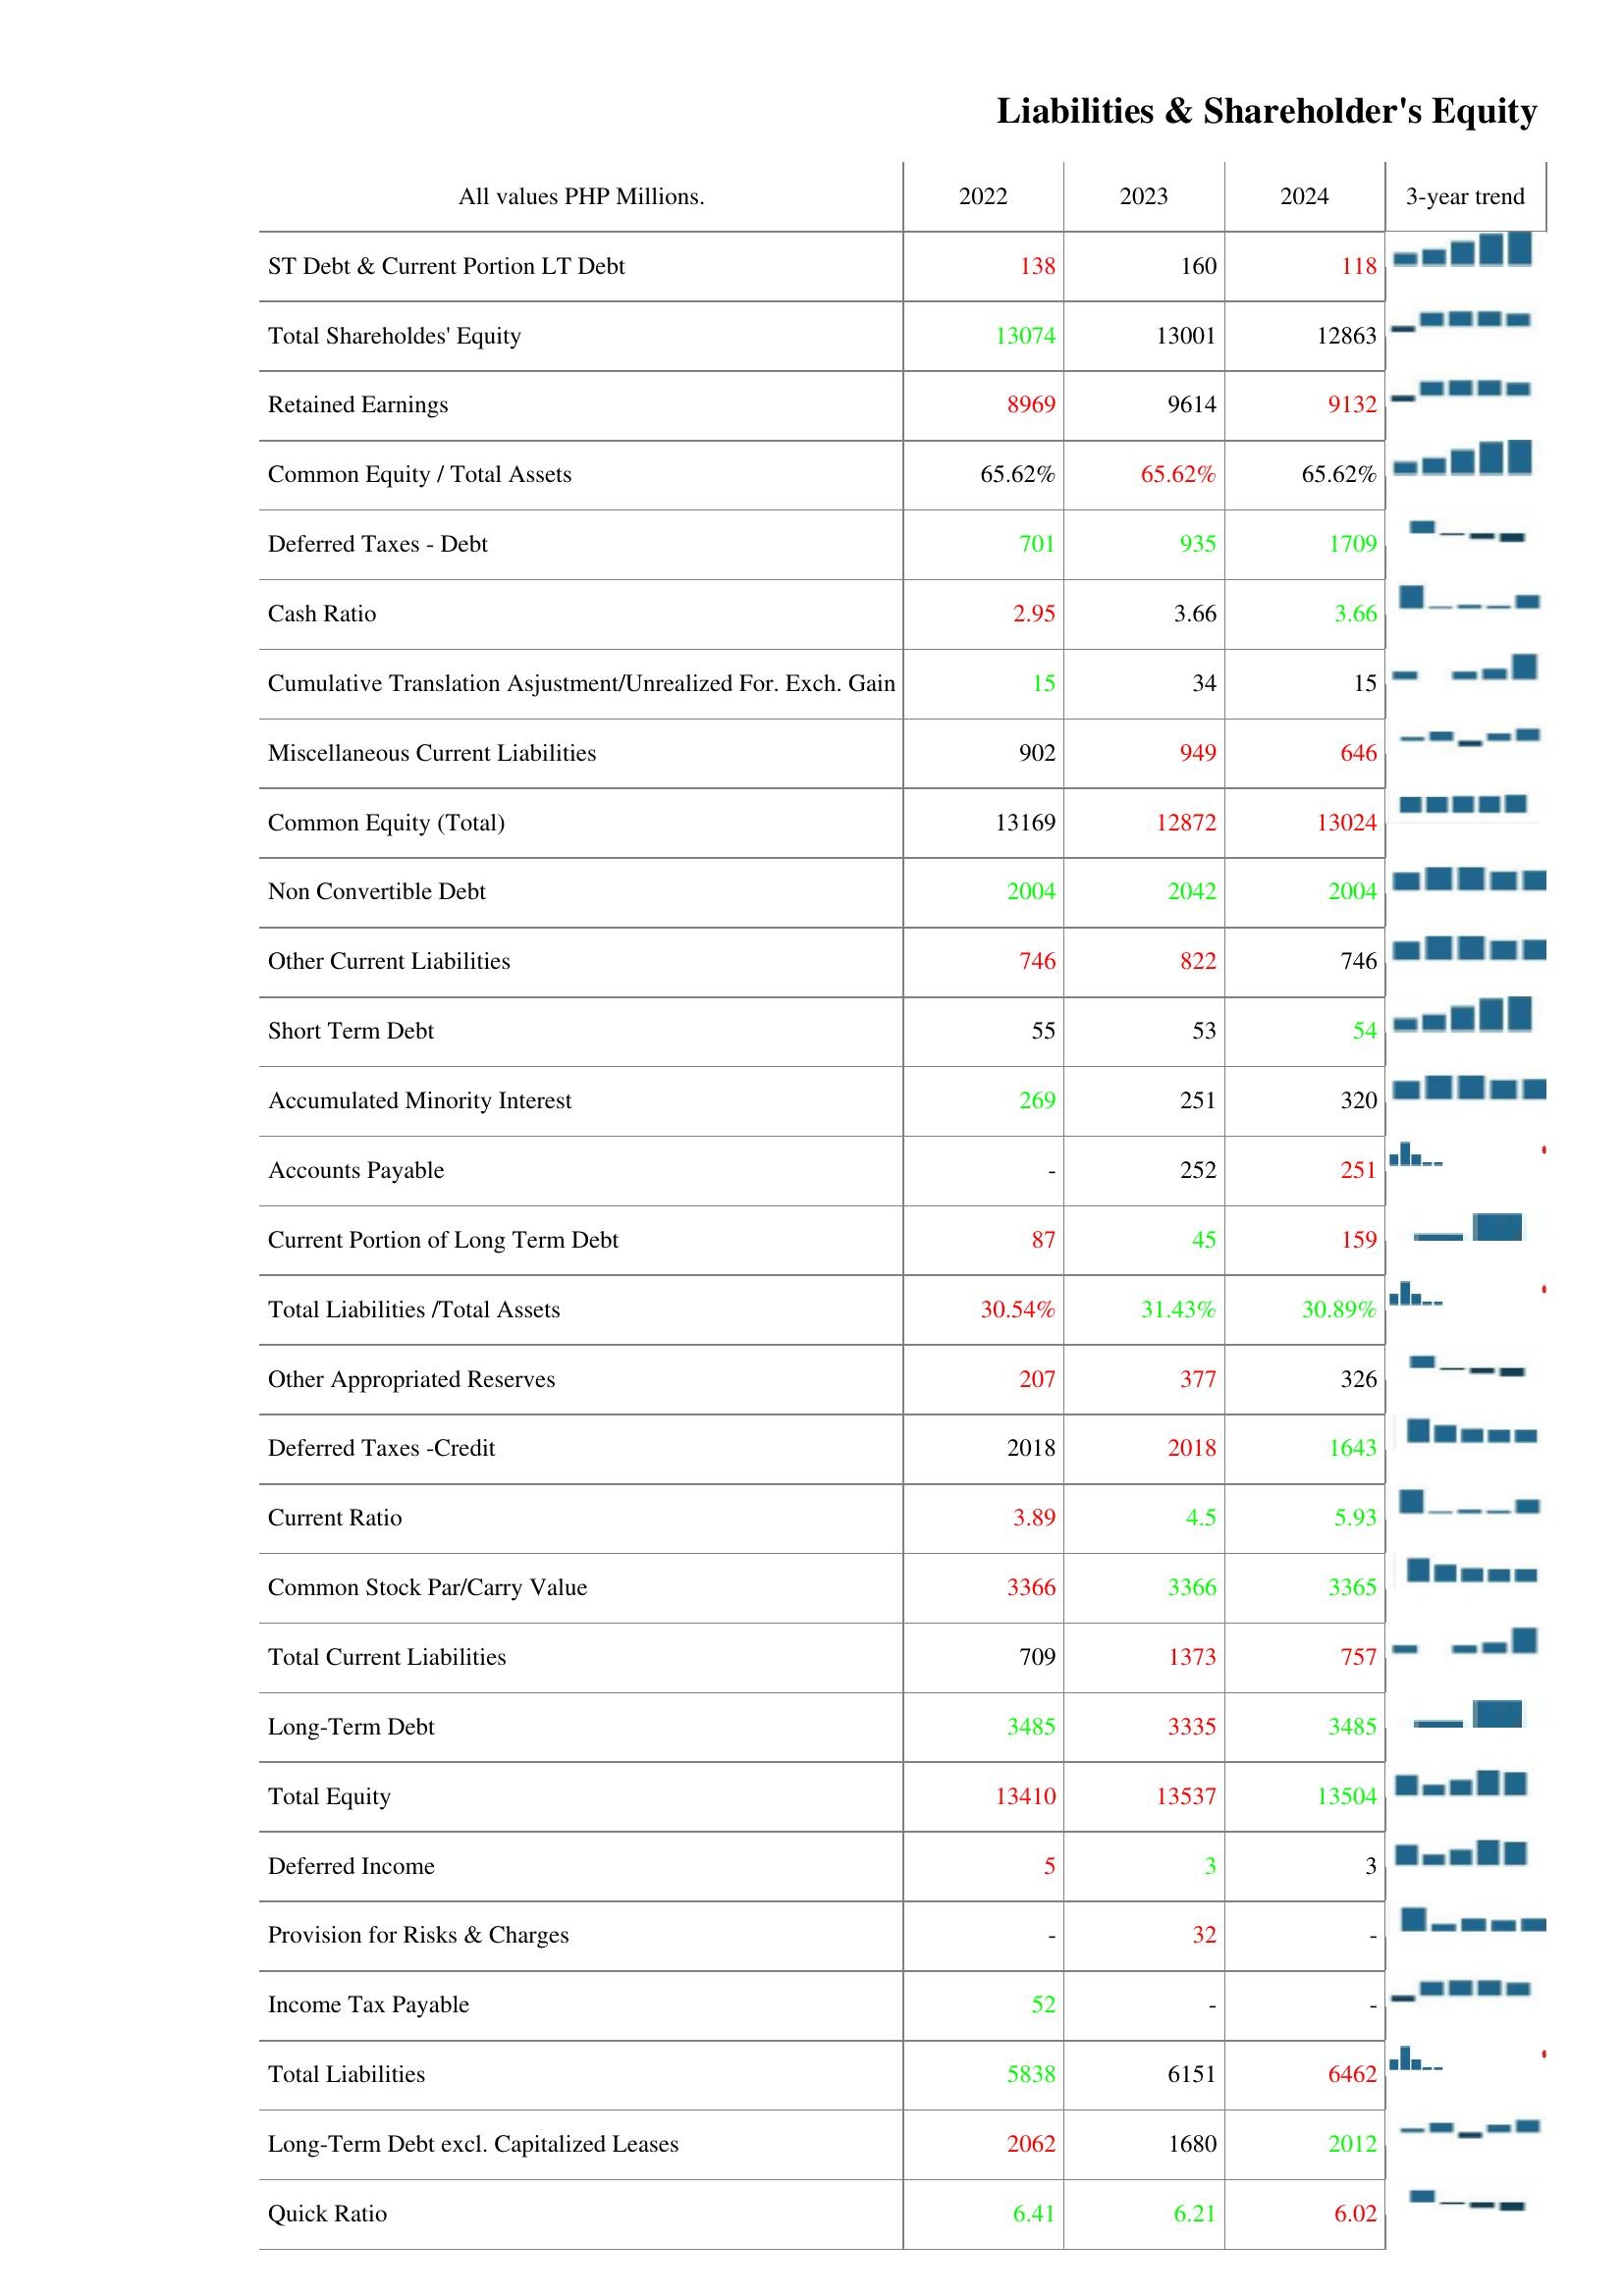
2022: Liabilities & Shareholder's Equity: ST Debt & Current Portion LT Debt: 138
Total Shareholdes' Equity: 13074
Retained Earnings: 8969
Common Equity / Total Assets: 65.62%
Deferred Taxes - Debt: 701
Cash Ratio: 2.95
Cumulative Translation Asjustment/Unrealized For. Exch. Gain: 15
Miscellaneous Current Liabilities: 902
Common Equity (Total): 13169
Non Convertible Debt: 2004
Other Current Liabilities: 746
Short Term Debt: 55
Accumulated Minority Interest: 269
Accounts Payable: -
Current Portion of Long Term Debt: 87
Total Liabilities /Total Assets: 30.54%
Other Appropriated Reserves: 207
Deferred Taxes -Credit: 2018
Current Ratio: 3.89
Common Stock Par/Carry Value: 3366
Total Current Liabilities: 709
Long-Term Debt: 3485
Total Equity: 13410
Deferred Income: 5
Provision for Risks & Charges: -
Income Tax Payable: 52
Total Liabilities: 5838
Long-Term Debt excl. Capitalized Leases: 2062
Quick Ratio: 6.41
2023: Liabilities & Shareholder's Equity: ST Debt & Current Portion LT Debt: 160
Total Shareholdes' Equity: 13001
Retained Earnings: 9614
Common Equity / Total Assets: 65.62%
Deferred Taxes - Debt: 935
Cash Ratio: 3.66
Cumulative Translation Asjustment/Unrealized For. Exch. Gain: 34
Miscellaneous Current Liabilities: 949
Common Equity (Total): 12872
Non Convertible Debt: 2042
Other Current Liabilities: 822
Short Term Debt: 53
Accumulated Minority Interest: 251
Accounts Payable: 252
Current Portion of Long Term Debt: 45
Total Liabilities /Total Assets: 31.43%
Other Appropriated Reserves: 377
Deferred Taxes -Credit: 2018
Current Ratio: 4.5
Common Stock Par/Carry Value: 3366
Total Current Liabilities: 1373
Long-Term Debt: 3335
Total Equity: 13537
Deferred Income: 3
Provision for Risks & Charges: 32
Income Tax Payable: -
Total Liabilities: 6151
Long-Term Debt excl. Capitalized Leases: 1680
Quick Ratio: 6.21
2024: Liabilities & Shareholder's Equity: ST Debt & Current Portion LT Debt: 118
Total Shareholdes' Equity: 12863
Retained Earnings: 9132
Common Equity / Total Assets: 65.62%
Deferred Taxes - Debt: 1709
Cash Ratio: 3.66
Cumulative Translation Asjustment/Unrealized For. Exch. Gain: 15
Miscellaneous Current Liabilities: 646
Common Equity (Total): 13024
Non Convertible Debt: 2004
Other Current Liabilities: 746
Short Term Debt: 54
Accumulated Minority Interest: 320
Accounts Payable: 251
Current Portion of Long Term Debt: 159
Total Liabilities /Total Assets: 30.89%
Other Appropriated Reserves: 326
Deferred Taxes -Credit: 1643
Current Ratio: 5.93
Common Stock Par/Carry Value: 3365
Total Current Liabilities: 757
Long-Term Debt: 3485
Total Equity: 13504
Deferred Income: 3
Provision for Risks & Charges: -
Income Tax Payable: -
Total Liabilities: 6462
Long-Term Debt excl. Capitalized Leases: 2012
Quick Ratio: 6.02